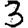
Digit: 3